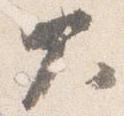
大